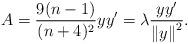
LaTeX: \begin{align*}A=\frac{9(n-1)}{(n+4)^2}yy'={\lambda}\frac{yy'}{{\|y\|}^2}.\end{align*}